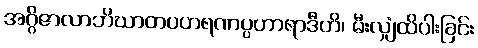
အဂ္ဂိဇာလာဘိဃာတပဟရဏပ္ပဟာရာဒီဟိ၊ မီးလျှံထိပါးခြင်း